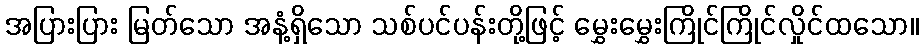
အပြားပြား မြတ်သော အနံ့ရှိသော သစ်ပင်ပန်းတို့ဖြင့် မွှေးမွှေးကြိုင်ကြိုင်လှိုင်ထသော။